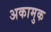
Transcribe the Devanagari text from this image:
अकामुक